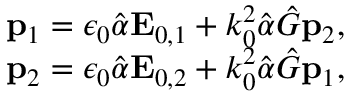
\begin{array} { r } { \mathbf p _ { 1 } = \epsilon _ { 0 } \hat { \alpha } \mathbf E _ { 0 , 1 } + k _ { 0 } ^ { 2 } \hat { \alpha } \hat { G } \mathbf p _ { 2 } , } \\ { \mathbf p _ { 2 } = \epsilon _ { 0 } \hat { \alpha } \mathbf E _ { 0 , 2 } + k _ { 0 } ^ { 2 } \hat { \alpha } \hat { G } \mathbf p _ { 1 } , } \end{array}